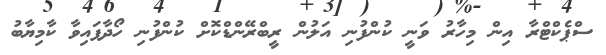
ސްޕެކްޓްރާ އިން މިހާރު ވަނީ ކުންފުނި އަލުން ރީބްރޭންޑްކޮށް ކުންފުނި ހޯދާފައިވާ ކާމިޔާބު